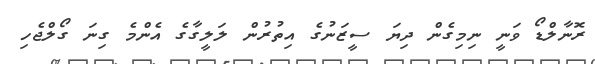
ރޮނާލްޑޯ ވަނީ ނިމިގެން ދިޔަ ސީޒަނުގެ އިތުރުން ލަލީގާގެ އެންމެ ގިނަ ގޯލްޖެހި